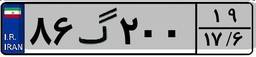
۸۶گ۲۰۰۱۹